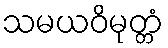
သမယဝိမုတ္တံ